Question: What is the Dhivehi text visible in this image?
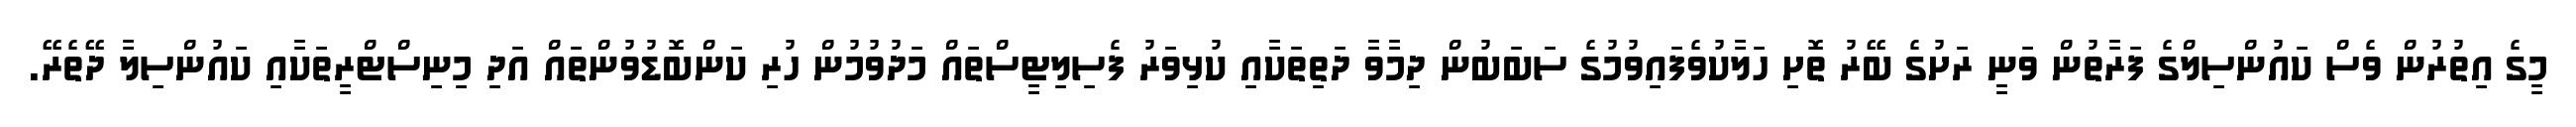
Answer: މީގެ އިތުރުން ވެސް ކައުންސިލްގެ ފަރާތުން ވަނީ ރަށުގެ ބޭރު ތޮށި ހަލާކުވެފައިވުމުގެ ސަބަބުން ދިމާވާ ދަތިތަކާއި ކުޅިވަރު ފެސިލިޓީސްތައް މަދުވުމުން ހުރި ކަންބޮޑުވުންތައް އަދި މިނިސްޓްރީތަކާއި ކައުންސިލާ ދޭތެރޭ.